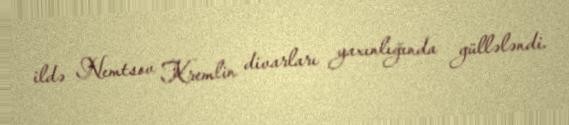
ildə Nemtsov Kremlin divarları yaxınlığında güllələndi.